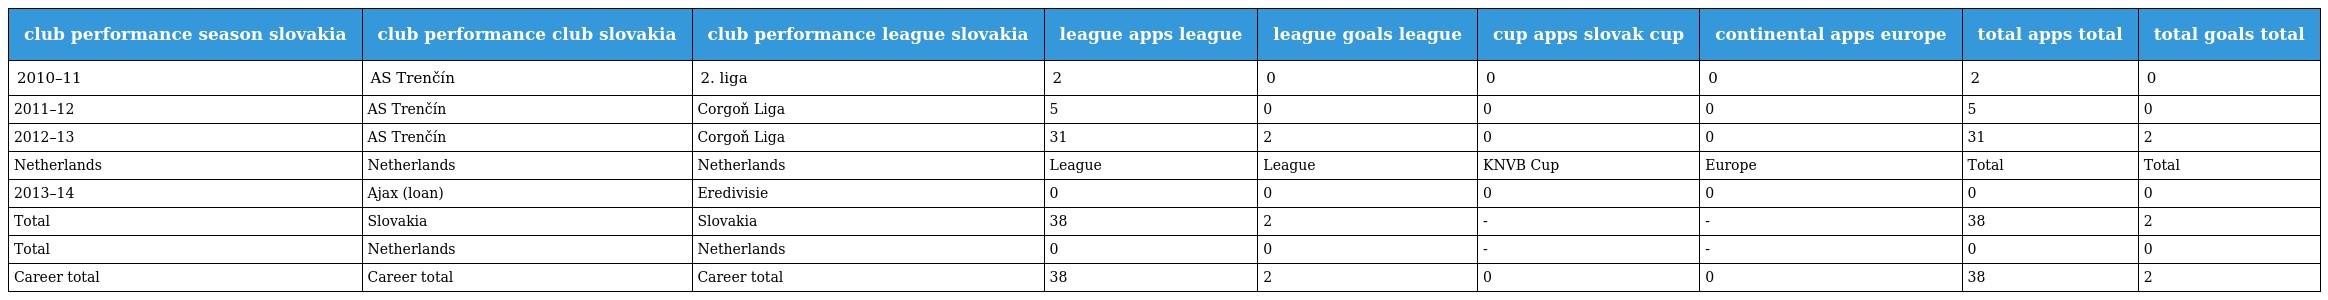
| club performance season slovakia | club performance club slovakia | club performance league slovakia | league apps league | league goals league | cup apps slovak cup | continental apps europe | total apps total | total goals total |
 | --- | --- | --- | --- | --- | --- | --- | --- | --- |
 | 2010–11 | AS Trenčín | 2. liga | 2 | 0 | 0 | 0 | 2 | 0 |
 | 2011–12 | AS Trenčín | Corgoň Liga | 5 | 0 | 0 | 0 | 5 | 0 |
 | 2012–13 | AS Trenčín | Corgoň Liga | 31 | 2 | 0 | 0 | 31 | 2 |
 | Netherlands | Netherlands | Netherlands | League | League | KNVB Cup | Europe | Total | Total |
 | 2013–14 | Ajax (loan) | Eredivisie | 0 | 0 | 0 | 0 | 0 | 0 |
 | Total | Slovakia | Slovakia | 38 | 2 | - | - | 38 | 2 |
 | Total | Netherlands | Netherlands | 0 | 0 | - | - | 0 | 0 |
 | Career total | Career total | Career total | 38 | 2 | 0 | 0 | 38 | 2 |